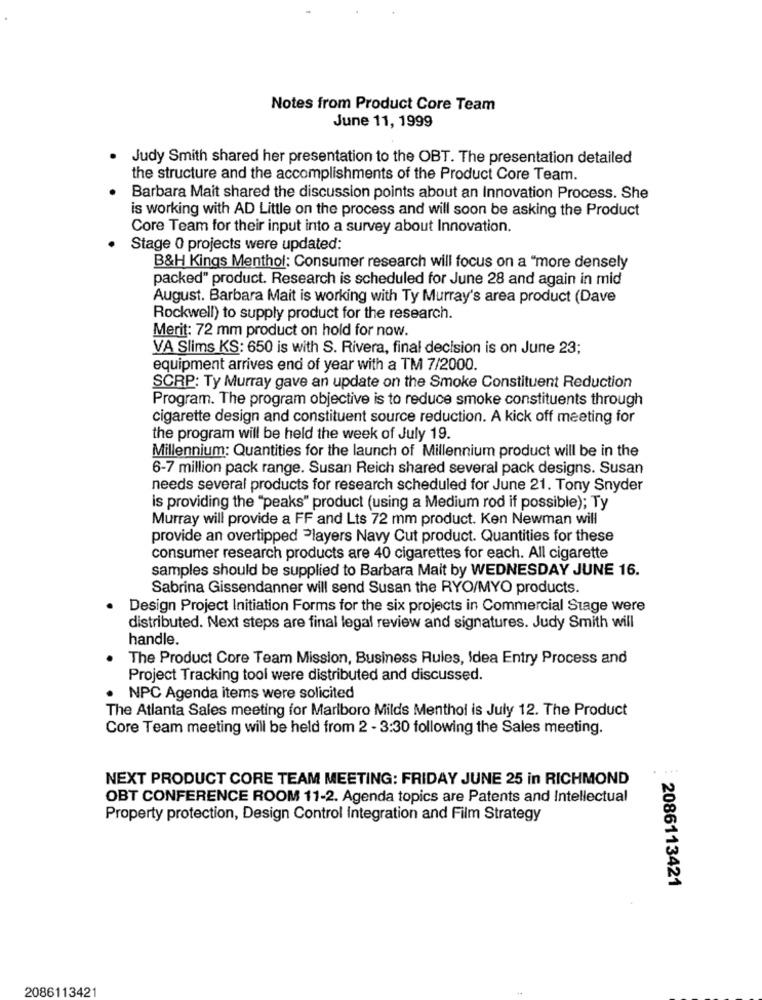
Notes from Product Core Team
June 11, 1999
Judy Smith shared her presentation to the OBT. The presentation detailed
the structure and the accomplishments of the Product Core Team.
Barbara Mait shared the discussion points about an Innovation Process. She
is working with AD Little on the process and will soon be asking the Product
Core Team for their input into a survey about Innovation.
Stage 0 projects were updated:
B&H Kings Menthol: Consumer research will focus on a "more densely
packed" product. Research is scheduled for June 28 and again in mid
August. Barbara Mait is working with Ty Murray's area product (Dave
Rockwell) to supply product for the research.
Merit: 72 mm product on hold for now.
VA Slims KS: 650 is with S. Rivera, final decision is on June 23;
equipment arrives end of year with a TM 7/2000.
SCRP: Ty Murray gave an update on the Smoke Constituent Reduction
Program. The program objective is to reduce smoke constituents through
cigarette design and constituent source reduction. A kick off meeting for
the program will be held the week of July 19.
Millennium: Quantities for the launch of Millennium product will be in the
6-7 million pack range. Susan Reich shared several pack designs. Susan
needs several products for research scheduled for June 21. Tony Snyder
is providing the "peaks" product (using a Medium rod if possible); Ty
Murray will provide a FF and Lts 72 mm product. Ken Newman will
provide an overtipped Players Navy Cut product. Quantities for these
consumer research products are 40 cigarettes for each. All cigarette
samples should be supplied to Barbara Mait by WEDNESDAY JUNE 16.
Sabrina Gissendanner will send Susan the RYO/MYO products.
.
Design Project Initiation Forms for the six projects in Commercial Stage were
distributed. Next steps are final legal review and signatures. Judy Smith will
handle.
The Product Core Team Mission, Business Rules, Idea Entry Process and
Project Tracking tool were distributed and discussed.
· NPC Agenda items were solicited
The Atlanta Sales meeting for Marlboro Milds Menthol is July 12. The Product
Core Team meeting will be held from 2 - 3:30 following the Sales meeting.
NEXT PRODUCT CORE TEAM MEETING: FRIDAY JUNE 25 in RICHMOND
OBT CONFERENCE ROOM 11-2. Agenda topics are Patents and Intellectual
Property protection, Design Control Integration and Film Strategy
2086113421
2086113421